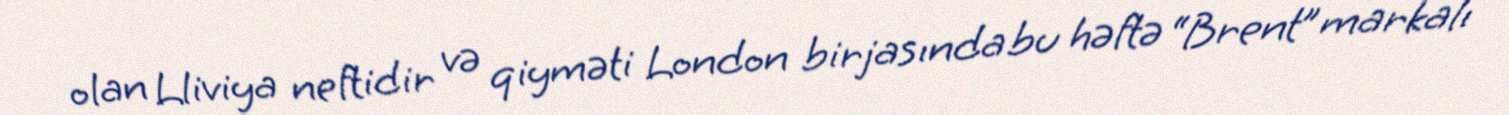
olan Lliviya neftidir və qiyməti London birjasında bu həftə “Brent” markalı